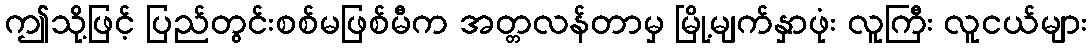
ဤသို့ဖြင့် ပြည်တွင်းစစ်မဖြစ်မီက အတ္တလန်တာမှ မြို့မျက်နှာဖုံး လူကြီး လူငယ်များ